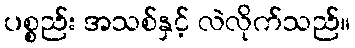
ပစ္စည်း အသစ်နှင့် လဲလိုက်သည်။